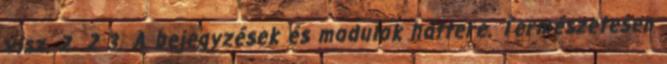
visz. 2 2 3. A bejegyzések és modulok háttere. Természetesen